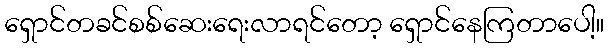
ရှောင်တခင်စစ်ဆေးရေးလာရင်တော့ ရှောင်နေကြတာပေါ့။